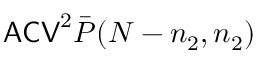
\mathsf { A C V } ^ { 2 } \bar { P } ( N - n _ { 2 } , n _ { 2 } )